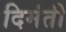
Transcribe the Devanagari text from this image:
दिमंती